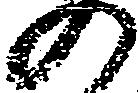
の